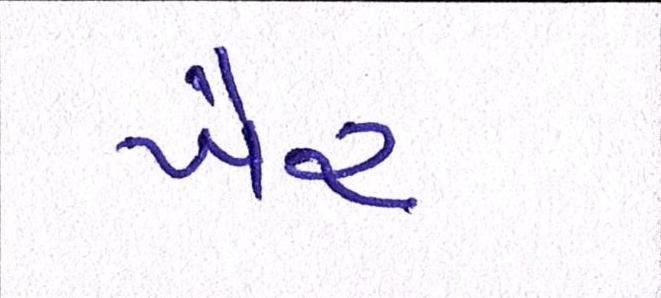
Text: ખૈર